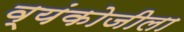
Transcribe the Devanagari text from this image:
व्यंकोजीला